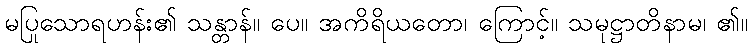
မပြုသောရဟန်း၏ သန္တာန်။ ပေ။ အကိရိယတော၊ ကြောင့်။ သမုဋ္ဌာတိနာမ၊ ၏။